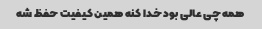
همه چی عالی بود خدا کنه همین کیفیت حفظ شه